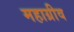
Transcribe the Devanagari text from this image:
महाग्रीव